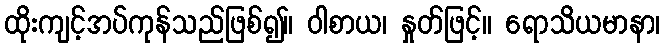
ထိုးကျင့်အပ်ကုန်သည်ဖြစ်၍။ ဝါစာယ၊ နှုတ်ဖြင့်။ ရောသိယမာနာ၊